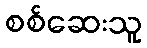
စစ်ဆေးသူ